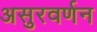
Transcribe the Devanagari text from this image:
असुरवर्णन